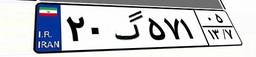
۶۶گ۱۳۶۸۹